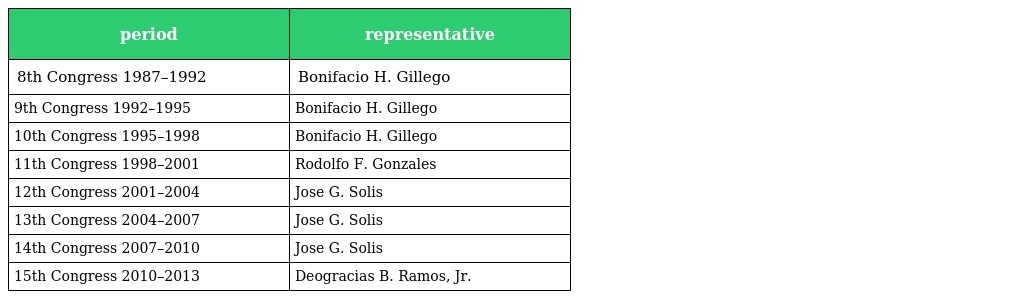
| period | representative |
 | --- | --- |
 | 8th Congress 1987–1992 | Bonifacio H. Gillego |
 | 9th Congress 1992–1995 | Bonifacio H. Gillego |
 | 10th Congress 1995–1998 | Bonifacio H. Gillego |
 | 11th Congress 1998–2001 | Rodolfo F. Gonzales |
 | 12th Congress 2001–2004 | Jose G. Solis |
 | 13th Congress 2004–2007 | Jose G. Solis |
 | 14th Congress 2007–2010 | Jose G. Solis |
 | 15th Congress 2010–2013 | Deogracias B. Ramos, Jr. |